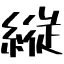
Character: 縦